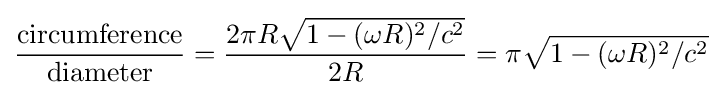
{\frac {\mathrm {circumference} }{\mathrm {diameter} }}={\frac {2\pi R{\sqrt {1-(\omega R)^{2}/c^{2}}}}{2R}}=\pi {\sqrt {1-(\omega R)^{2}/c^{2}}}